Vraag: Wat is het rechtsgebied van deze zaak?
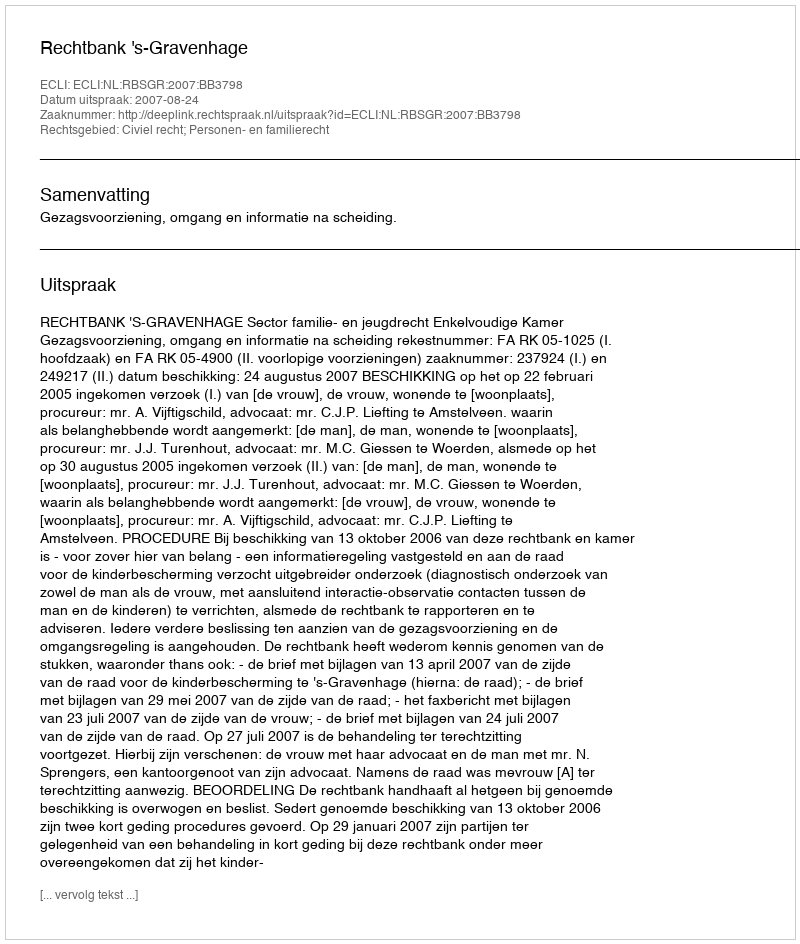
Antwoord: Civiel recht; Personen- en familierecht